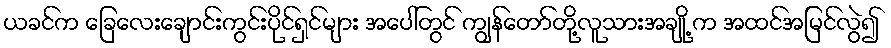
ယခင်က ခြေလေးချောင်းကွင်းပိုင်ရှင်များ အပေါ်တွင် ကျွန်တော်တို့လူသားအချို့ က အထင်အမြင်လွဲ၍